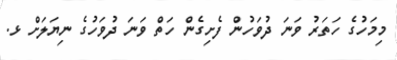
މިމަހުގެ ހަތަރު ވަނަ ދުވަހުން ފެށިގެން ހަތް ވަނަ ދުވަހުގެ ނިޔަލަށް ޅ.